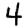
Digit: 4